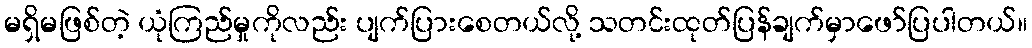
မရှိမဖြစ်တဲ့ ယုံကြည်မှုကိုလည်း ပျက်ပြားစေတယ်လို့ သတင်းထုတ်ပြန်ချက်မှာဖော်ပြပါတယ်။